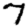
Digit: 7